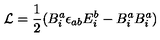
{ \cal L } = \frac { 1 } { 2 } ( B _ { i } ^ { a } \epsilon _ { a b } E _ { i } ^ { b } - B _ { i } ^ { a } B _ { i } ^ { a } )